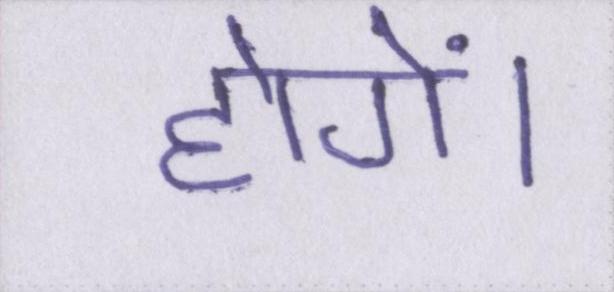
होगें।